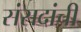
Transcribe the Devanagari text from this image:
संसदांची